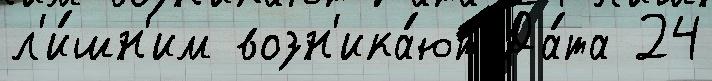
л'и́шн'им возн'ика́ют Да́та 24